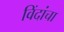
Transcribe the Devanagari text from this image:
विंदांचा